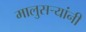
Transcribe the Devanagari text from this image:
मालुसऱ्यांनी